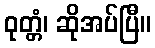
ဝုတ္တံ၊ ဆိုအပ်ပြီ။